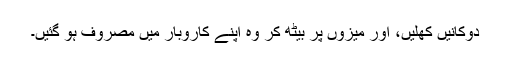
دوکانیں کھلیں، اور میزوں پر بیٹھ کر وہ اپنے کاروبار میں مصروف ہو گئیں۔